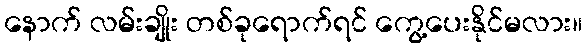
နောက် လမ်းချိုး တစ်ခုရောက်ရင် ကွေ့ပေးနိုင်မလား။